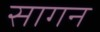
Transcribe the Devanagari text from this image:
सागन